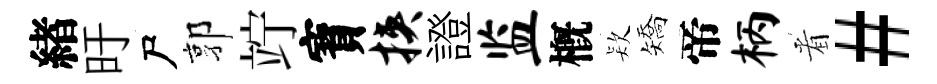
緖旴尸郭竚寳挟證监槪𣣇矯帝柄㸔#